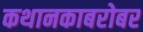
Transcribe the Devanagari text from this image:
कथानकाबरोबर